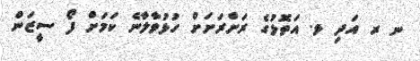
ނ ރ އަދި ޅ. އަތޮޅުގެ ރަށްރަށަށް ހުޅުވާލާނެ ކަމަށް ފޯ ސީޒަން